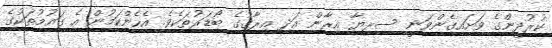
ކުރުދީންގެ ވަށައިގެންވަނީ ސިރިޔާ އިރާން އަދި އިރާގުގެ ބޯޑަރުތަކެވެ. އެހެންކަމުން އެ ގައުމުތަކުގެ